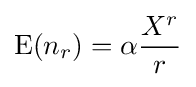
\operatorname {E} (n_{r})=\alpha {\frac {X^{r}}{r}}